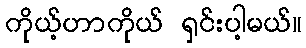
ကိုယ့်ဟာကိုယ် ရှင်းပါ့မယ်။